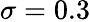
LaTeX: \sigma=0.3